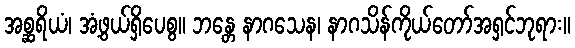
အစ္ဆရိယံ၊ အံ့ဖွယ်ရှိပေစွ။ ဘန္တေ နာဂသေန၊ နာဂသိန်ကိုယ်တော်အရှင်ဘုရား။